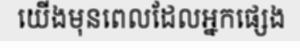
យើងមុនពេលដែលអ្នកផ្សេង